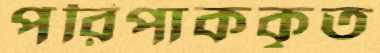
পরিপাককৃত